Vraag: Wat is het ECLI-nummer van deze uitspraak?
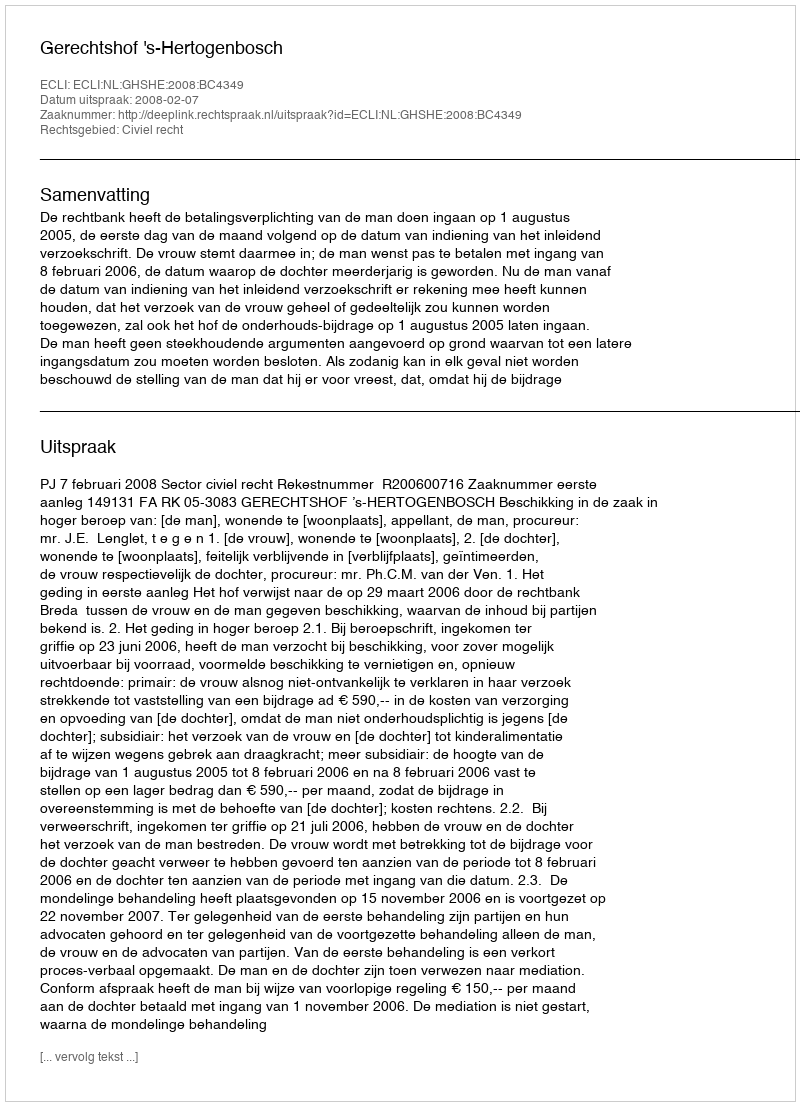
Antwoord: ECLI:NL:GHSHE:2008:BC4349